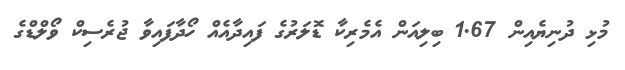
މުޅި ދުނިޔެއިން 1.67 ބިލިއަން އެމެރިކާ ޑޮލަރުގެ ފައިދާއެއް ހޯދާފައިވާ ޖުރެސިކް ވޯލްޑްގެ